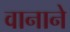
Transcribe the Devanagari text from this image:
वानाने